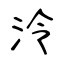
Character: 泠